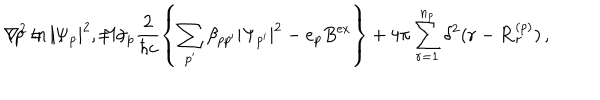
\nabla ^ { 2 } \ln | \Psi _ { p } | ^ { 2 } = \sigma _ { p } \frac { 2 } { \hbar c } \left\{ \sum _ { p ^ { \prime } } \beta _ { p p ^ { \prime } } | \Psi _ { p ^ { \prime } } | ^ { 2 } - e _ { p } B ^ { \mathrm { e x } } \right\} + 4 \pi \sum _ { r = 1 } ^ { n _ { p } } \delta ^ { 2 } ( { \bf r } - { \bf R } _ { r } ^ { ( p ) } ) \, , \hspace { 3 m m } ( p = 1 , \ldots , M )